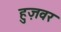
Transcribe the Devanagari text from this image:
हुज़वर